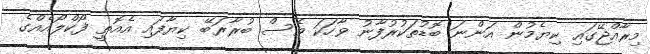
މިރާއްޖޭގައި ކިޔެމުން އަންނަ ބޮޑުތަކުރުފާނު ވާހަކަ ވެސް ބުރާރަބޭ ކިޔާފައި އެއޮތީ ފޯކްލޯއެއްގެ